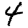
Digit: 4